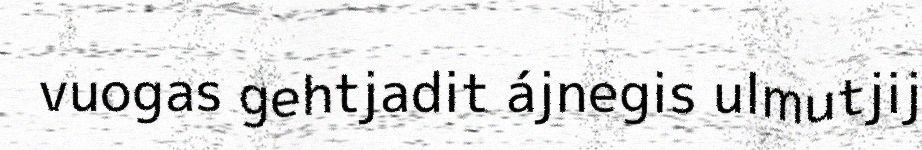
vuogas gehtjadit ájnegis ulmutjij